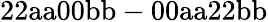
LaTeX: \mathrm{22aa00bb-00aa22bb}